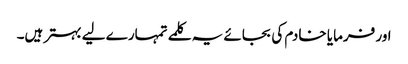
اور فرمایا خادم کی بجائے یہ کلمے تمہارے لیے بہتر ہیں۔